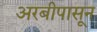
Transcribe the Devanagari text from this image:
अरबीपासून